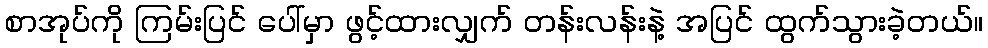
စာအုပ်ကို ကြမ်းပြင် ပေါ်မှာ ဖွင့်ထားလျှက် တန်းလန်းနဲ့ အပြင် ထွက်သွားခဲ့တယ်။